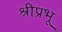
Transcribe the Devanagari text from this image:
श्रीप्रभू